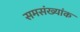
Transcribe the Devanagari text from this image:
समसंख्यांक